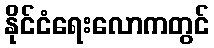
နိုင်ငံရေးလောကတွင်